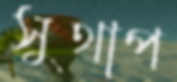
সুথাপ